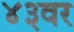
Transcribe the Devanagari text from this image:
४३वर